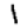
Digit: 1